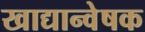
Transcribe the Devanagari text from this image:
खाद्यान्वेषक